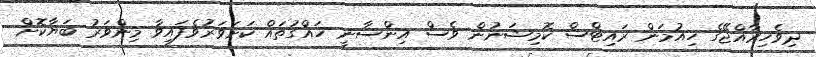
ދިވެހިރާއްޖޭގެ ހިއުމަން ރައިޓްސް ކޮމިޝަނުން ވެސް އިންސާނީ ހައްގުތައް ކަށަވަރުވެފައިވާ މިންވަރު ބަޔާކޮށް